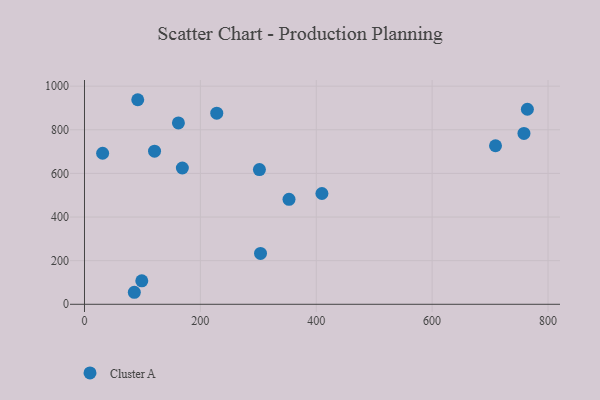
{"axis": {"x": "Ad Spend", "y": "Salary"}, "legend": ["Cluster A"], "data": [{"x": "91.9", "y": 937.8, "type": "Cluster A"}, {"x": "301.9", "y": 617.5, "type": "Cluster A"}, {"x": "709.4", "y": 726.9, "type": "Cluster A"}, {"x": "162.1", "y": 831.3, "type": "Cluster A"}, {"x": "98.9", "y": 107.7, "type": "Cluster A"}, {"x": "409.8", "y": 507.8, "type": "Cluster A"}, {"x": "353.0", "y": 481.3, "type": "Cluster A"}, {"x": "764.4", "y": 894.1, "type": "Cluster A"}, {"x": "303.8", "y": 233.4, "type": "Cluster A"}, {"x": "120.9", "y": 702.1, "type": "Cluster A"}, {"x": "86.0", "y": 55.1, "type": "Cluster A"}, {"x": "758.5", "y": 783.3, "type": "Cluster A"}, {"x": "31.3", "y": 692.4, "type": "Cluster A"}, {"x": "228.3", "y": 876.3, "type": "Cluster A"}, {"x": "168.9", "y": 624.8, "type": "Cluster A"}]}